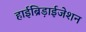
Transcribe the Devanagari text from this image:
हाईब्रिड़ाईजेशन